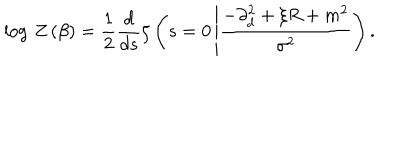
\log \, Z \left( \beta \right) = \frac { 1 } { 2 } \frac { d } { d s } \zeta \left( s = 0 \left| \frac { - \partial _ { d } ^ { 2 } + \xi R + m ^ { 2 } } { \sigma ^ { 2 } } \right. \right) .